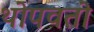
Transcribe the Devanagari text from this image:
थोपवतो